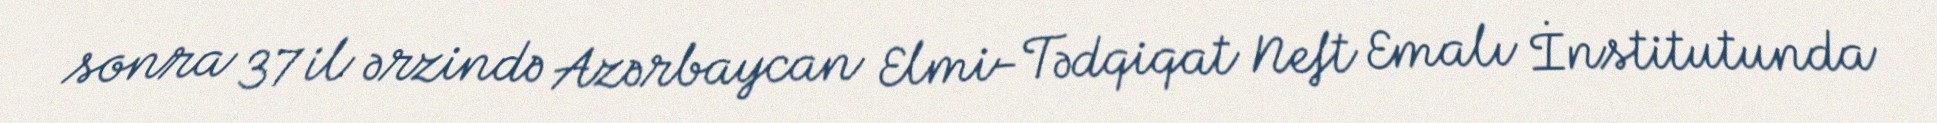
sonra 37 il ərzində Azərbaycan Elmi-Tədqiqat Neft Emalı İnstitutunda